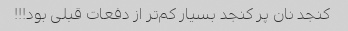
کنجد نان پر کنجد بسیار کم‌تر از دفعات قبلی بود!!!